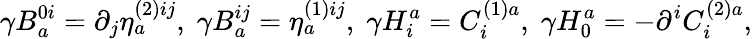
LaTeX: \gamma B_{a}^{0i}=\partial_{j}\eta_{a}^{(2)ij},\; \gamma B_{a}^{ij}=\eta_{a}^{(1)ij},\; \gamma H_{i}^{a}=C_{i}^{(1)a},\; \gamma H_{0}^{a}=-\partial^{i}C_{i}^{(2)a},